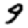
Digit: 9